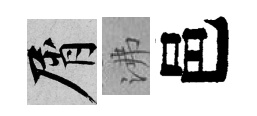
屑沸邑